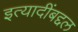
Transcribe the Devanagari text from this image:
इत्यादींबद्दल